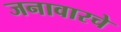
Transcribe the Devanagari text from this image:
जनावारचे